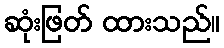
ဆုံးဖြတ် ထားသည်။